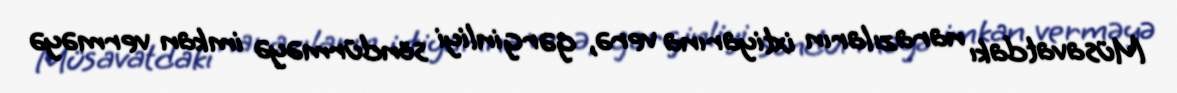
Müsavatdakı narazıların ixtiyarına verə, gərginliyi söndürməyə imkan verməyə